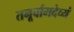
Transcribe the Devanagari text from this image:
तनूर्वामदेव्यं